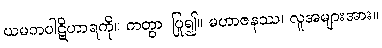
ယမကပါဋိဟာရကို။ ကတွာ၊ ပြု၍။ မဟာဇနဿ၊ လူအများအား။